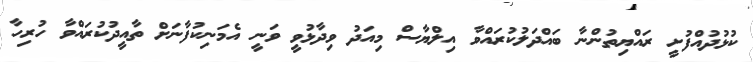
ކުޅުދުއްފުށީ ރައްޔިތުންނާ ބައްދަލުކުރައްވާ އިލްޔާސް މިއަދު ވިދާޅުވީ ވަނީ އެމަނިކުފާނަށް ތާއީދުކުރައްވާ ހުރިހާ